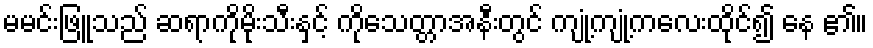
မမင်းဖြူသည် ဆရာကိုမိုးသီးနှင့် ကိုသေတ္တာအနီးတွင် ကျုံ့ကျုံ့ကလေးထိုင်၍ နေ ၏။